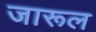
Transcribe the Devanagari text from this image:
जारूल